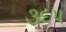
૩૬૫